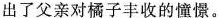
出了父亲对橘子丰收的憧憬。